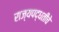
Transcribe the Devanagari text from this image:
राज्यपद्धतीचे